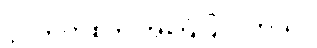
ဒိုင်ယက်စ်က အကြံပြုပါတယ်။